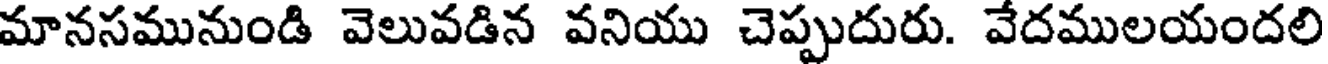
మానసమునుండి వెలువడిన వనియు చెప్పుదురు. వేదములయందలి